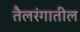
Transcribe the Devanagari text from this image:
तैलरंगातील